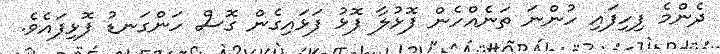
ދެންމެ ފިހިފައި ހުންނަ ތަނެއްހެން ފޮޅުލާ ފޮޅު ފަޅައިގެން ގޮސް ހަންގަނޑު ފޮޅިފައެވެ.